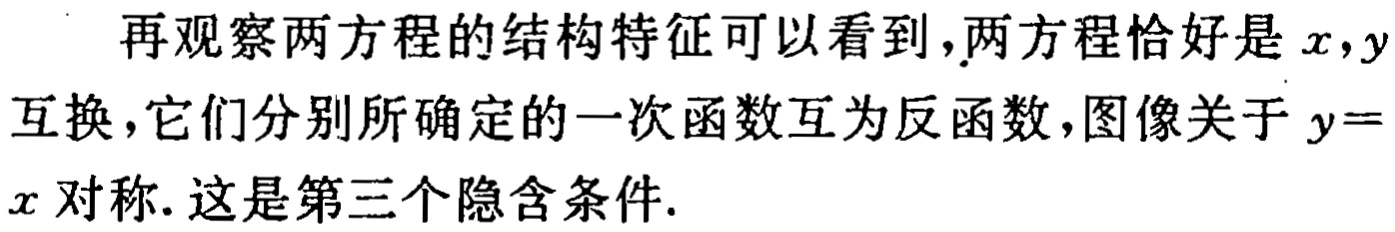
再观察两方程的结构特征可以看到，两方程恰好是\(x,y\)互换，它们分别所确定的一次函数互为反函数，图像关于\(y = x\)对称. 这是第三个隐含条件.